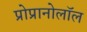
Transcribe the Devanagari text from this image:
प्रोप्रानोलॉल